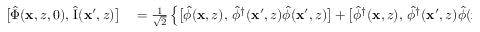
\begin{array} { r l } { \bigl [ \hat { \Phi } ( \mathbf { x } , z , 0 ) , \, \hat { \mathrm { I } } ( \mathbf { x } ^ { \prime } , z ) \bigr ] } & { { } = \frac { 1 } { \sqrt { 2 } } \left\{ \bigl [ \hat { \phi } ( \mathbf { x } , z ) , \, \hat { \phi } ^ { \dagger } ( \mathbf { x } ^ { \prime } , z ) \hat { \phi } ( \mathbf { x } ^ { \prime } , z ) \bigr ] + \bigl [ \hat { \phi } ^ { \dagger } ( \mathbf { x } , z ) , \, \hat { \phi } ^ { \dagger } ( \mathbf { x } ^ { \prime } , z ) \hat { \phi } ( \mathbf { x } ^ { \prime } , z ) \bigr ] \right\} } \end{array}